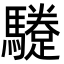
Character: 𩦬